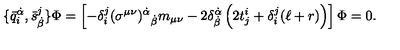
\{ \bar { q } _ { i } ^ { \dot { \alpha } } , \bar { s } _ { \dot { \beta } } ^ { j } \} \Phi = \left[ - \delta _ { i } ^ { j } ( \sigma ^ { \mu \nu } ) ^ { \dot { \alpha } } { } _ { \dot { \beta } } m _ { \mu \nu } - 2 \delta _ { \dot { \beta } } ^ { \dot { \alpha } } \left( 2 t _ { j } ^ { i } + \delta _ { i } ^ { j } ( \ell + r ) \right) \right] \Phi = 0 .